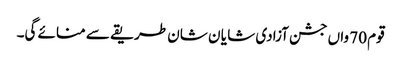
قوم 70 واں جشن آزادی شا یا ن شان طریقے سے منائے گی۔